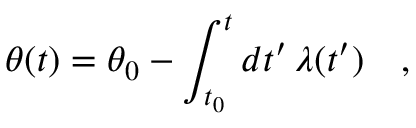
\theta ( t ) = \theta _ { 0 } - \int _ { t _ { 0 } } ^ { t } d t ^ { \prime } \, \lambda ( t ^ { \prime } ) \ \ \ ,